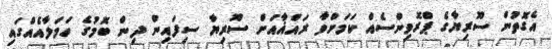
އެގޮތުން ސޫރިޔާގެ ޕްރޮވިންސެއް ކަމަށްވާ ރައްޣާއަށް ސޫރިޔާ ސިފައިން ދިން ބޮމުގެ ހަމަލާއެއްގައި